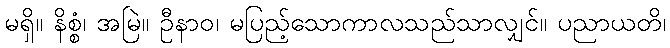
မရှိ။ နိစ္စံ၊ အမြဲ။ ဦနာဝ၊ မပြည့်သောကာလသည်သာလျှင်။ ပညာယတိ၊